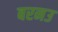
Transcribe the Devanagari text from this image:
बरनउ